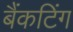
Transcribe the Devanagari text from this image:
बैंकटिंग